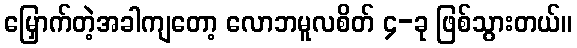
မြှောက်တဲ့အခါကျတော့ လောဘမူလစိတ် ၄-ခု ဖြစ်သွားတယ်။